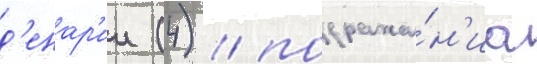
д'енар'ии (4) / подража́н'иа